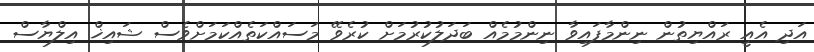
އަދި އެއީ ރައްޔިތުން ނިންމާފައިވާ ނިންމުމެއް ބަދަލުކުރުމަށް ކުރެވޭ މަސައްކަތެއްކަމަށްވެސް ޝައިޚް އިލްޔާސް